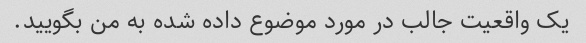
یک واقعیت جالب در مورد موضوع داده شده به من بگویید.